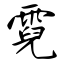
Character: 霓